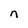
Character: n